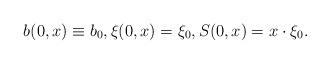
LaTeX: \begin{align*}b(0, x) \equiv b_0, \xi(0, x ) = \xi_0, S(0, x) = x \cdot \xi_0.\end{align*}